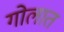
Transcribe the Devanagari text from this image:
गोलात